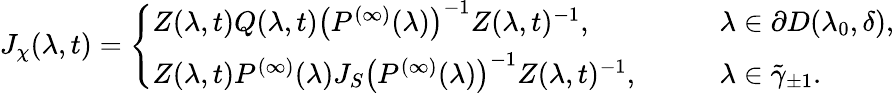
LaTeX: J_{\chi}(\lambda,t)=\left\{ \begin{array}{ll}{Z(\lambda,t)Q(\lambda,t)\left(P^{(\infty)}(\lambda)\right)^{-1}Z(\lambda,t)^{-1},}&{\qquad\lambda\in\partial D(\lambda_{0},\delta),}\\ {Z(\lambda,t)P^{(\infty)}(\lambda)J_{S}\left(P^{(\infty)}(\lambda)\right)^{-1}Z(\lambda,t)^{-1},}&{\qquad\lambda\in\tilde{\gamma}_{\pm 1}.}\end{array}\right.